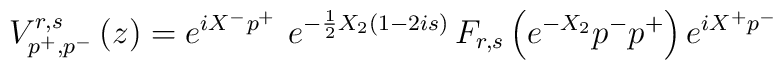
V_{p^{+},p^{-}}^{r,s}\left( z\right) =e^{iX^{-}p^{+}}\,\,e^{-\frac12X_2\left( 1-2is\right) }\,F_{r,s}\left( e^{-X_2}p^{-}p^{+}\right)e^{iX^{+}p^{-}}